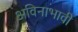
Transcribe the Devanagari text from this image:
अविनाभावी